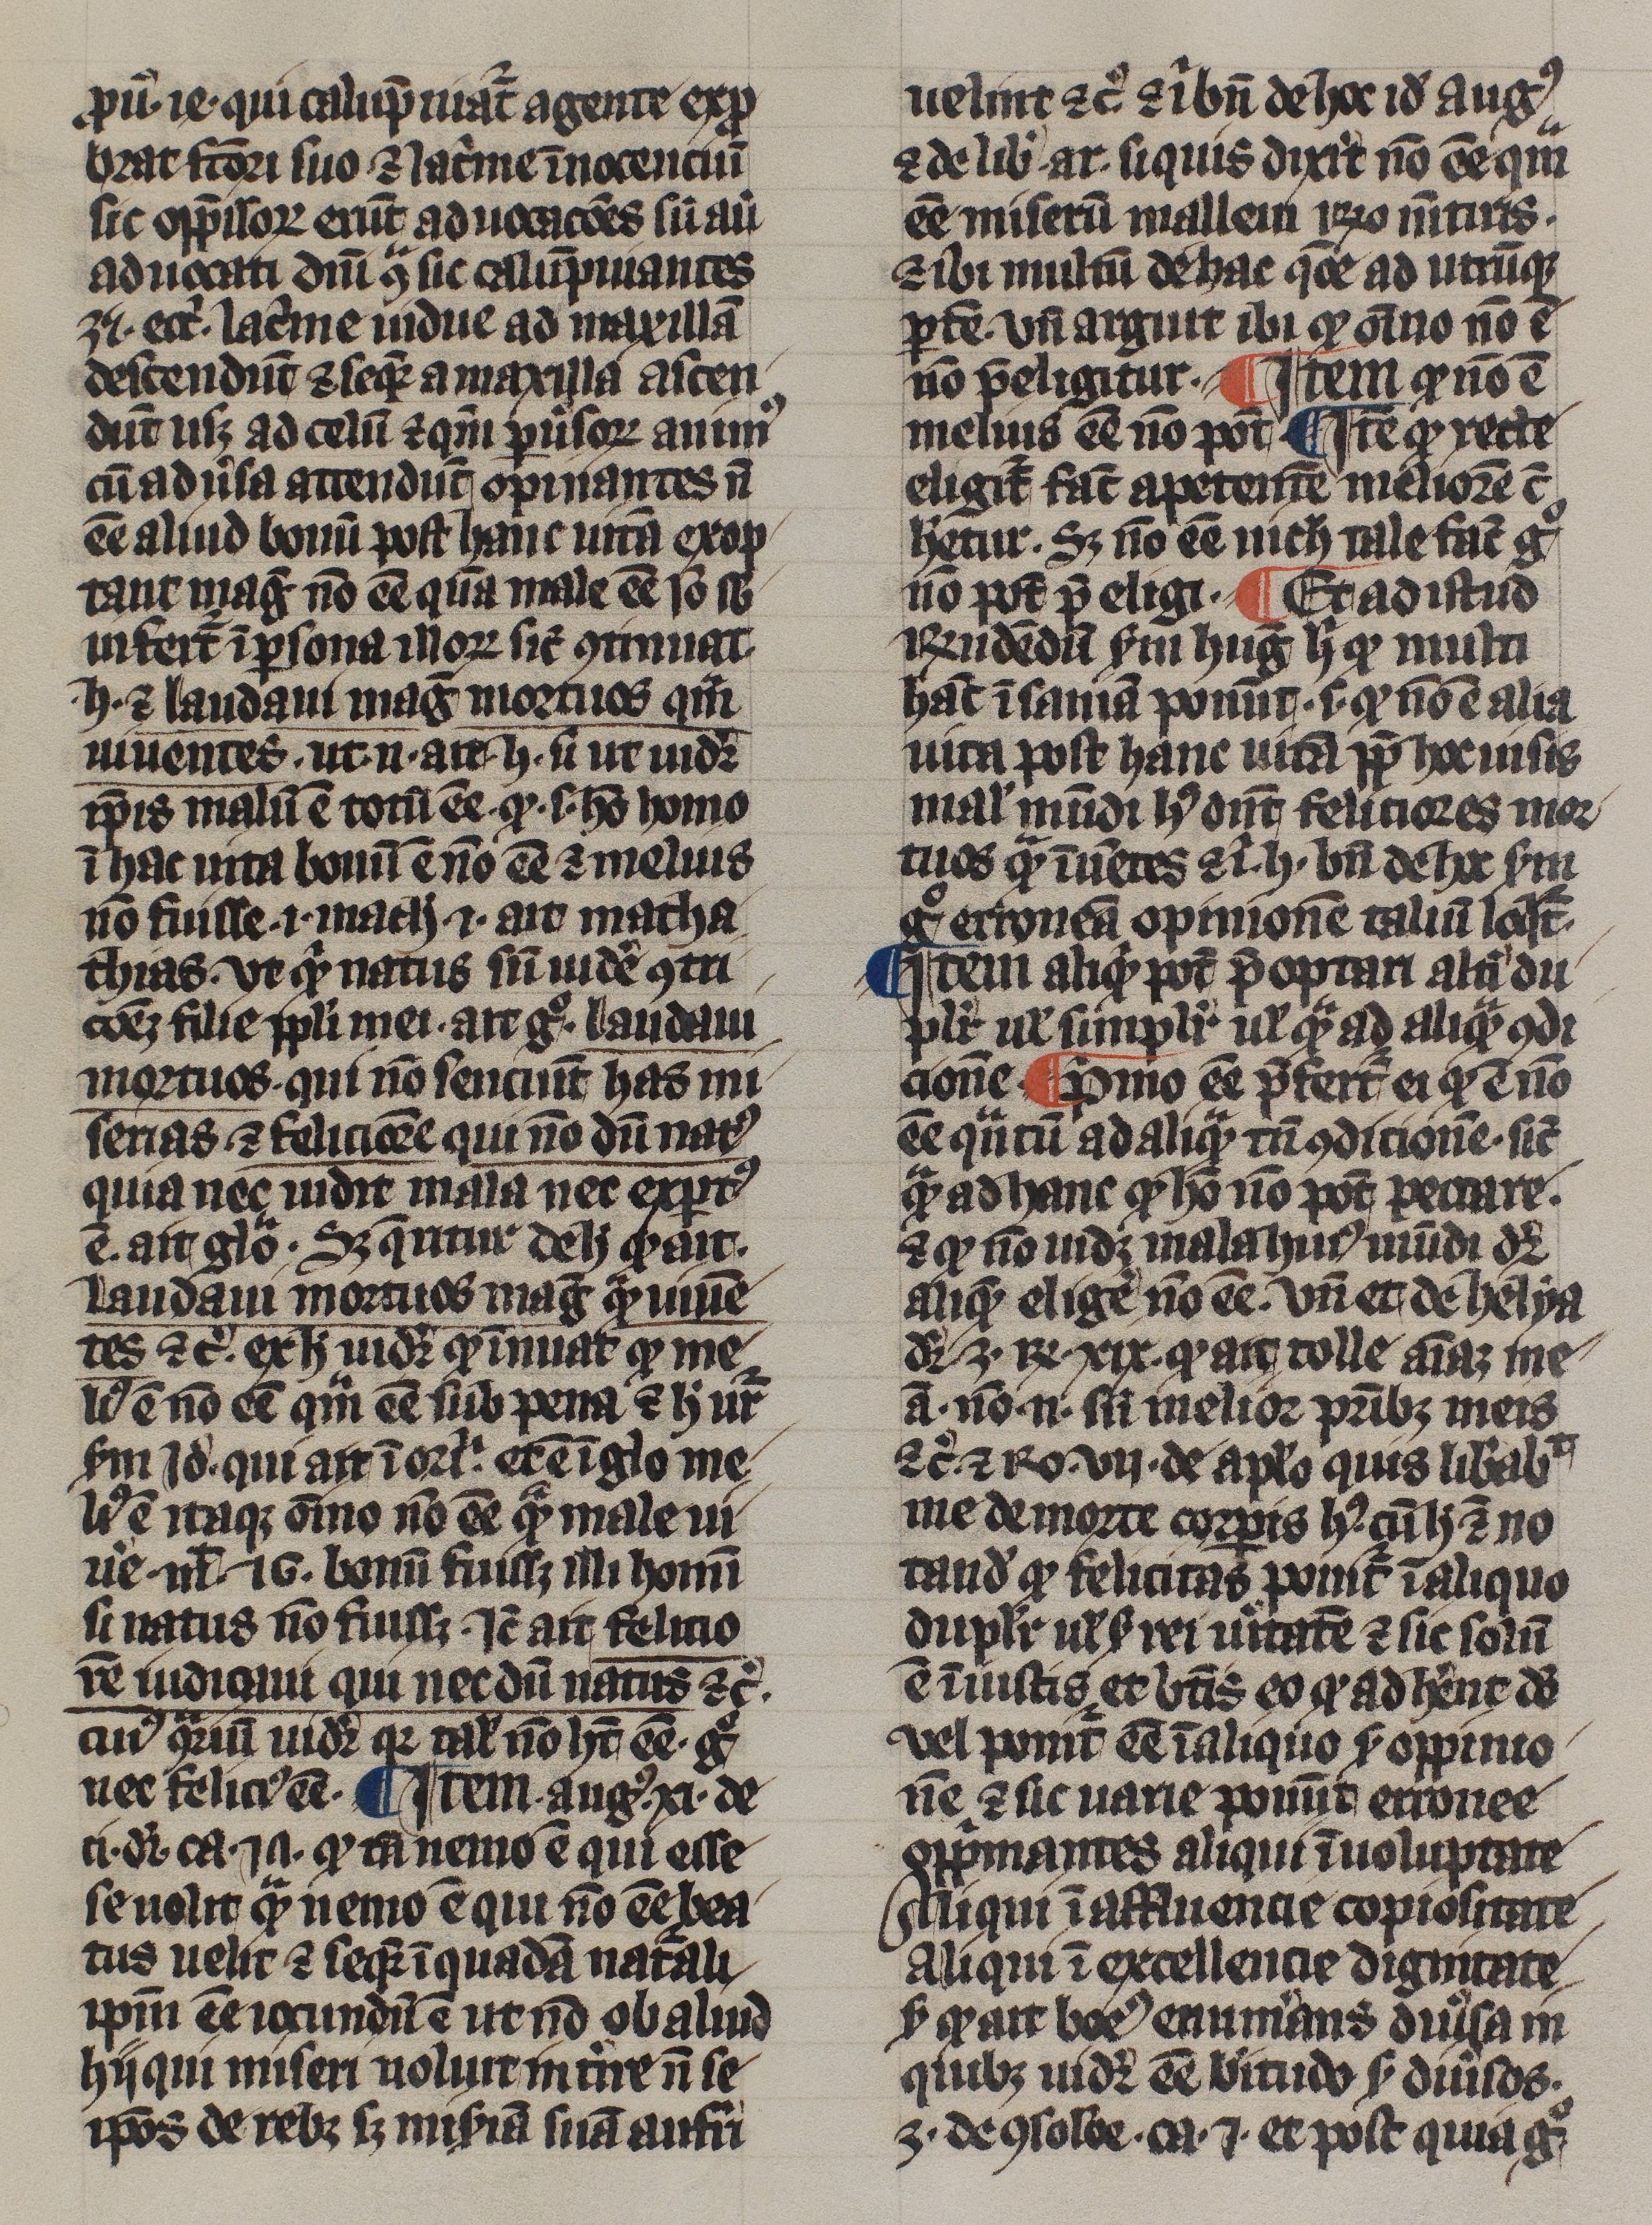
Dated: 1300–1399